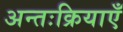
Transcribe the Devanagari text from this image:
अन्तःक्रियाएँ